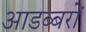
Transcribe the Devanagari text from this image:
आडब्बरों